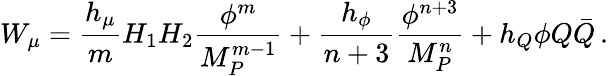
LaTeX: W_{\mu}={\frac{h_{\mu}}{m}}H_{1}H_{2}{\frac{\phi^{m}}{M_{P}^{m-1}}}+{\frac{h_{\phi}}{n+3}}{\frac{\phi^{n+3}}{M_{P}^{n}}}+h_{Q}\phi Q\bar{Q}\, .